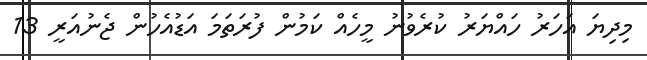
މިދިޔަ އަހަރު ހައްޔަރު ކުރެވުނު މީހެއް ކަމުން ފުރަތަމަ އަޑުއެހުން ޖެނުއަރީ 13